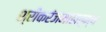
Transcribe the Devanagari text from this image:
श्रीकरंजमाहात्म्य